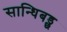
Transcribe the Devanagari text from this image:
सान्धिबड्छ